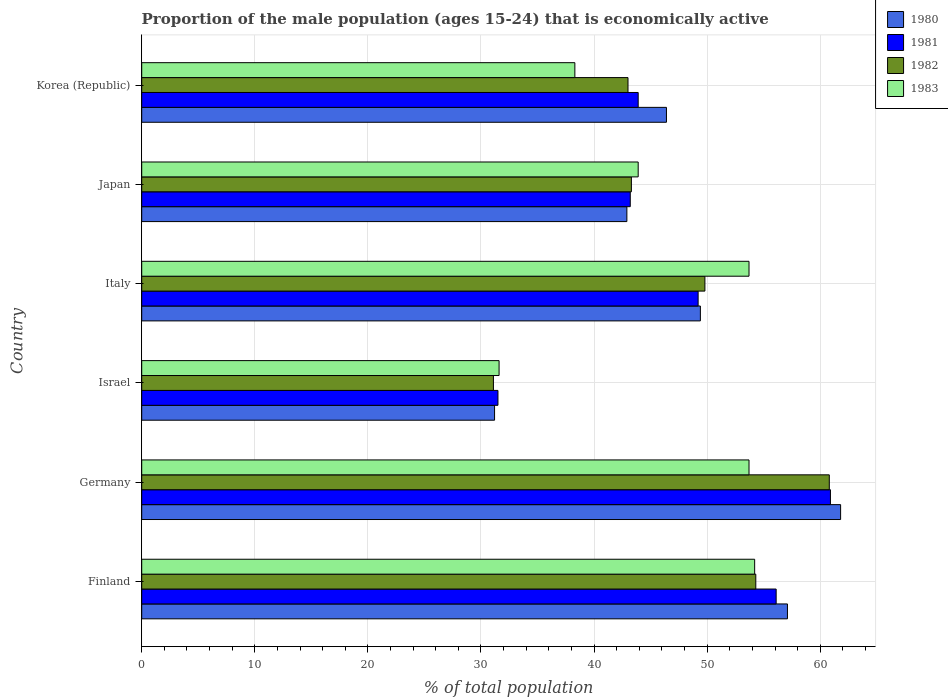
| Country | 1980 | 1981 | 1982 | 1983 |
 | --- | --- | --- | --- | --- |
 | Finland | 57.1 | 56.1 | 54.3 | 54.2 |
 | Germany | 61.8 | 60.9 | 60.8 | 53.7 |
 | Israel | 31.2 | 31.5 | 31.1 | 31.6 |
 | Italy | 49.4 | 49.2 | 49.8 | 53.7 |
 | Japan | 42.9 | 43.2 | 43.3 | 43.9 |
 | Korea (Republic) | 46.4 | 43.9 | 43 | 38.3 |